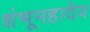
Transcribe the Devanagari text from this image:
शंभूमहादेव